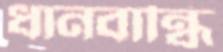
ধানবান্ধি